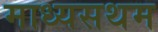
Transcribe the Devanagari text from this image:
माध्यसथम